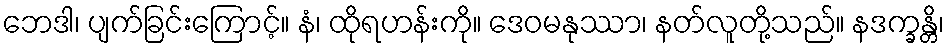
ဘေဒါ၊ ပျက်ခြင်းကြောင့်။ နံ၊ ထိုရဟန်းကို။ ဒေဝမနုဿာ၊ နတ်လူတို့သည်။ နဒက္ခန္တိ၊